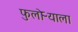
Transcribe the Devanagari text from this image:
फुलोऱ्याला